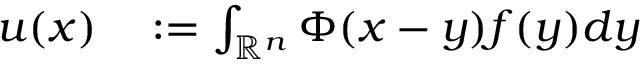
\begin{array} { r l } { u ( x ) } & { { } : = \int _ { \mathbb { R } ^ { n } } \Phi ( x - y ) f ( y ) d y } \end{array}